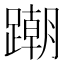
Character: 𨅹